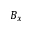
B _ { x }